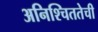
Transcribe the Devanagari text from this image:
अनिश्चिततेची